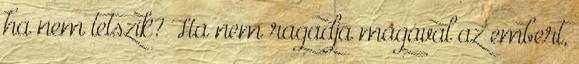
ha nem tetszik? Ha nem ragadja magával az embert,